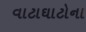
વાટાઘાટોના